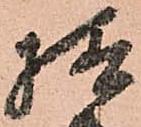
様